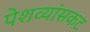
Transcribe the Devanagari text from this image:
पेशव्यांसकट